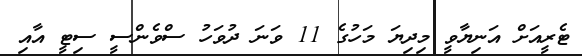
ޓެރީއަށް އަނިޔާވީ މިދިޔަ މަހުގެ 11 ވަނަ ދުވަހު ސްވެންސީ ސިޓީ އާއި